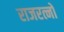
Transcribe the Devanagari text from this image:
राजरत्नों